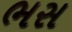
ભસ